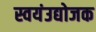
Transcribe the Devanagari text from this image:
स्वयंउद्योजक